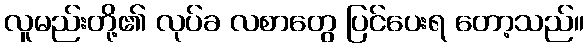
လူမည်းတို့၏ လုပ်ခ လစာတွေ ပြင်ပေးရ တော့သည်။